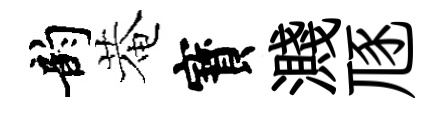
韵菴寳濺豗